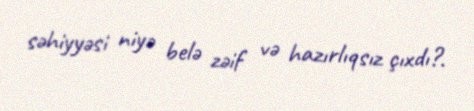
səhiyyəsi niyə belə zəif və hazırlıqsız çıxdı?.